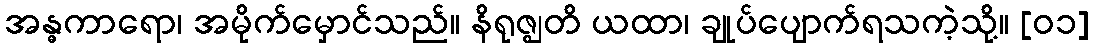
အန္ဓကာရော၊ အမိုက်မှောင်သည်။ နိရုဇ္ဈတိ ယထာ၊ ချုပ်ပျောက်ရသကဲ့သို့။ [၀၁]